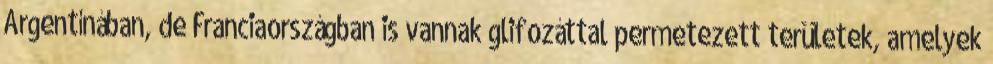
Argentínában, de Franciaországban is vannak glifozáttal permetezett területek, amelyek